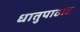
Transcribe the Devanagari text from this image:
धातुपाठात